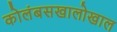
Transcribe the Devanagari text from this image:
कोलंबसखालोखाल